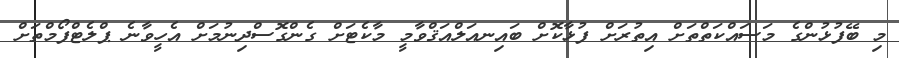
މި ބޭފުޅުންގެ މަސައްކަތްތަށް އިތުރަށް ފުޅާކޮށް ބައިނއަލްއަޤްވާމީ މާކެޓަށް ގެންގޮސްދިނުމަށް އެހީވާނެ ޕްލެޓްފޯމްތަށް